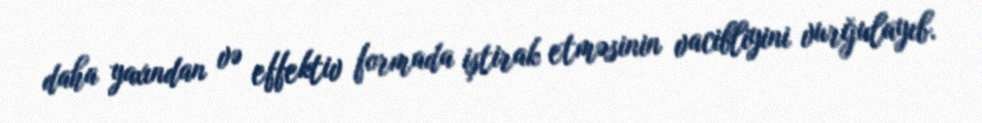
daha yaxından və effektiv formada iştirak etməsinin vacibliyini vurğulayıb.